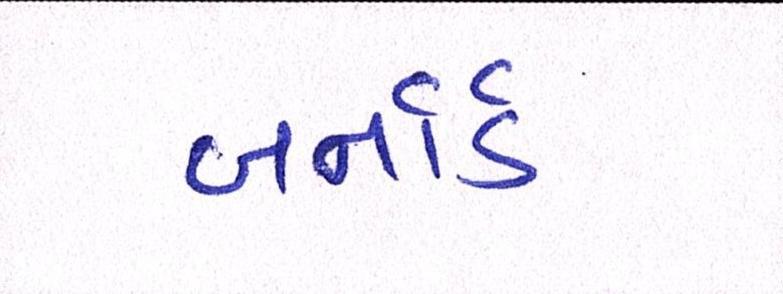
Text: બર્નાર્ડ